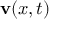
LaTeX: \mathbf { v } ( { \boldsymbol { x } } , t )